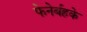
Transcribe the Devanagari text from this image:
फेनेर्बहके